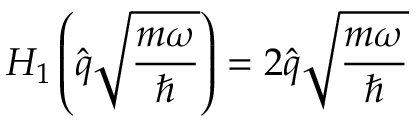
H _ { 1 } \left( \hat { q } \sqrt { \frac { m \omega } { \hbar } } \right) = 2 \hat { q } \sqrt { \frac { m \omega } { \hbar } }